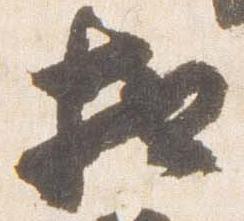
相